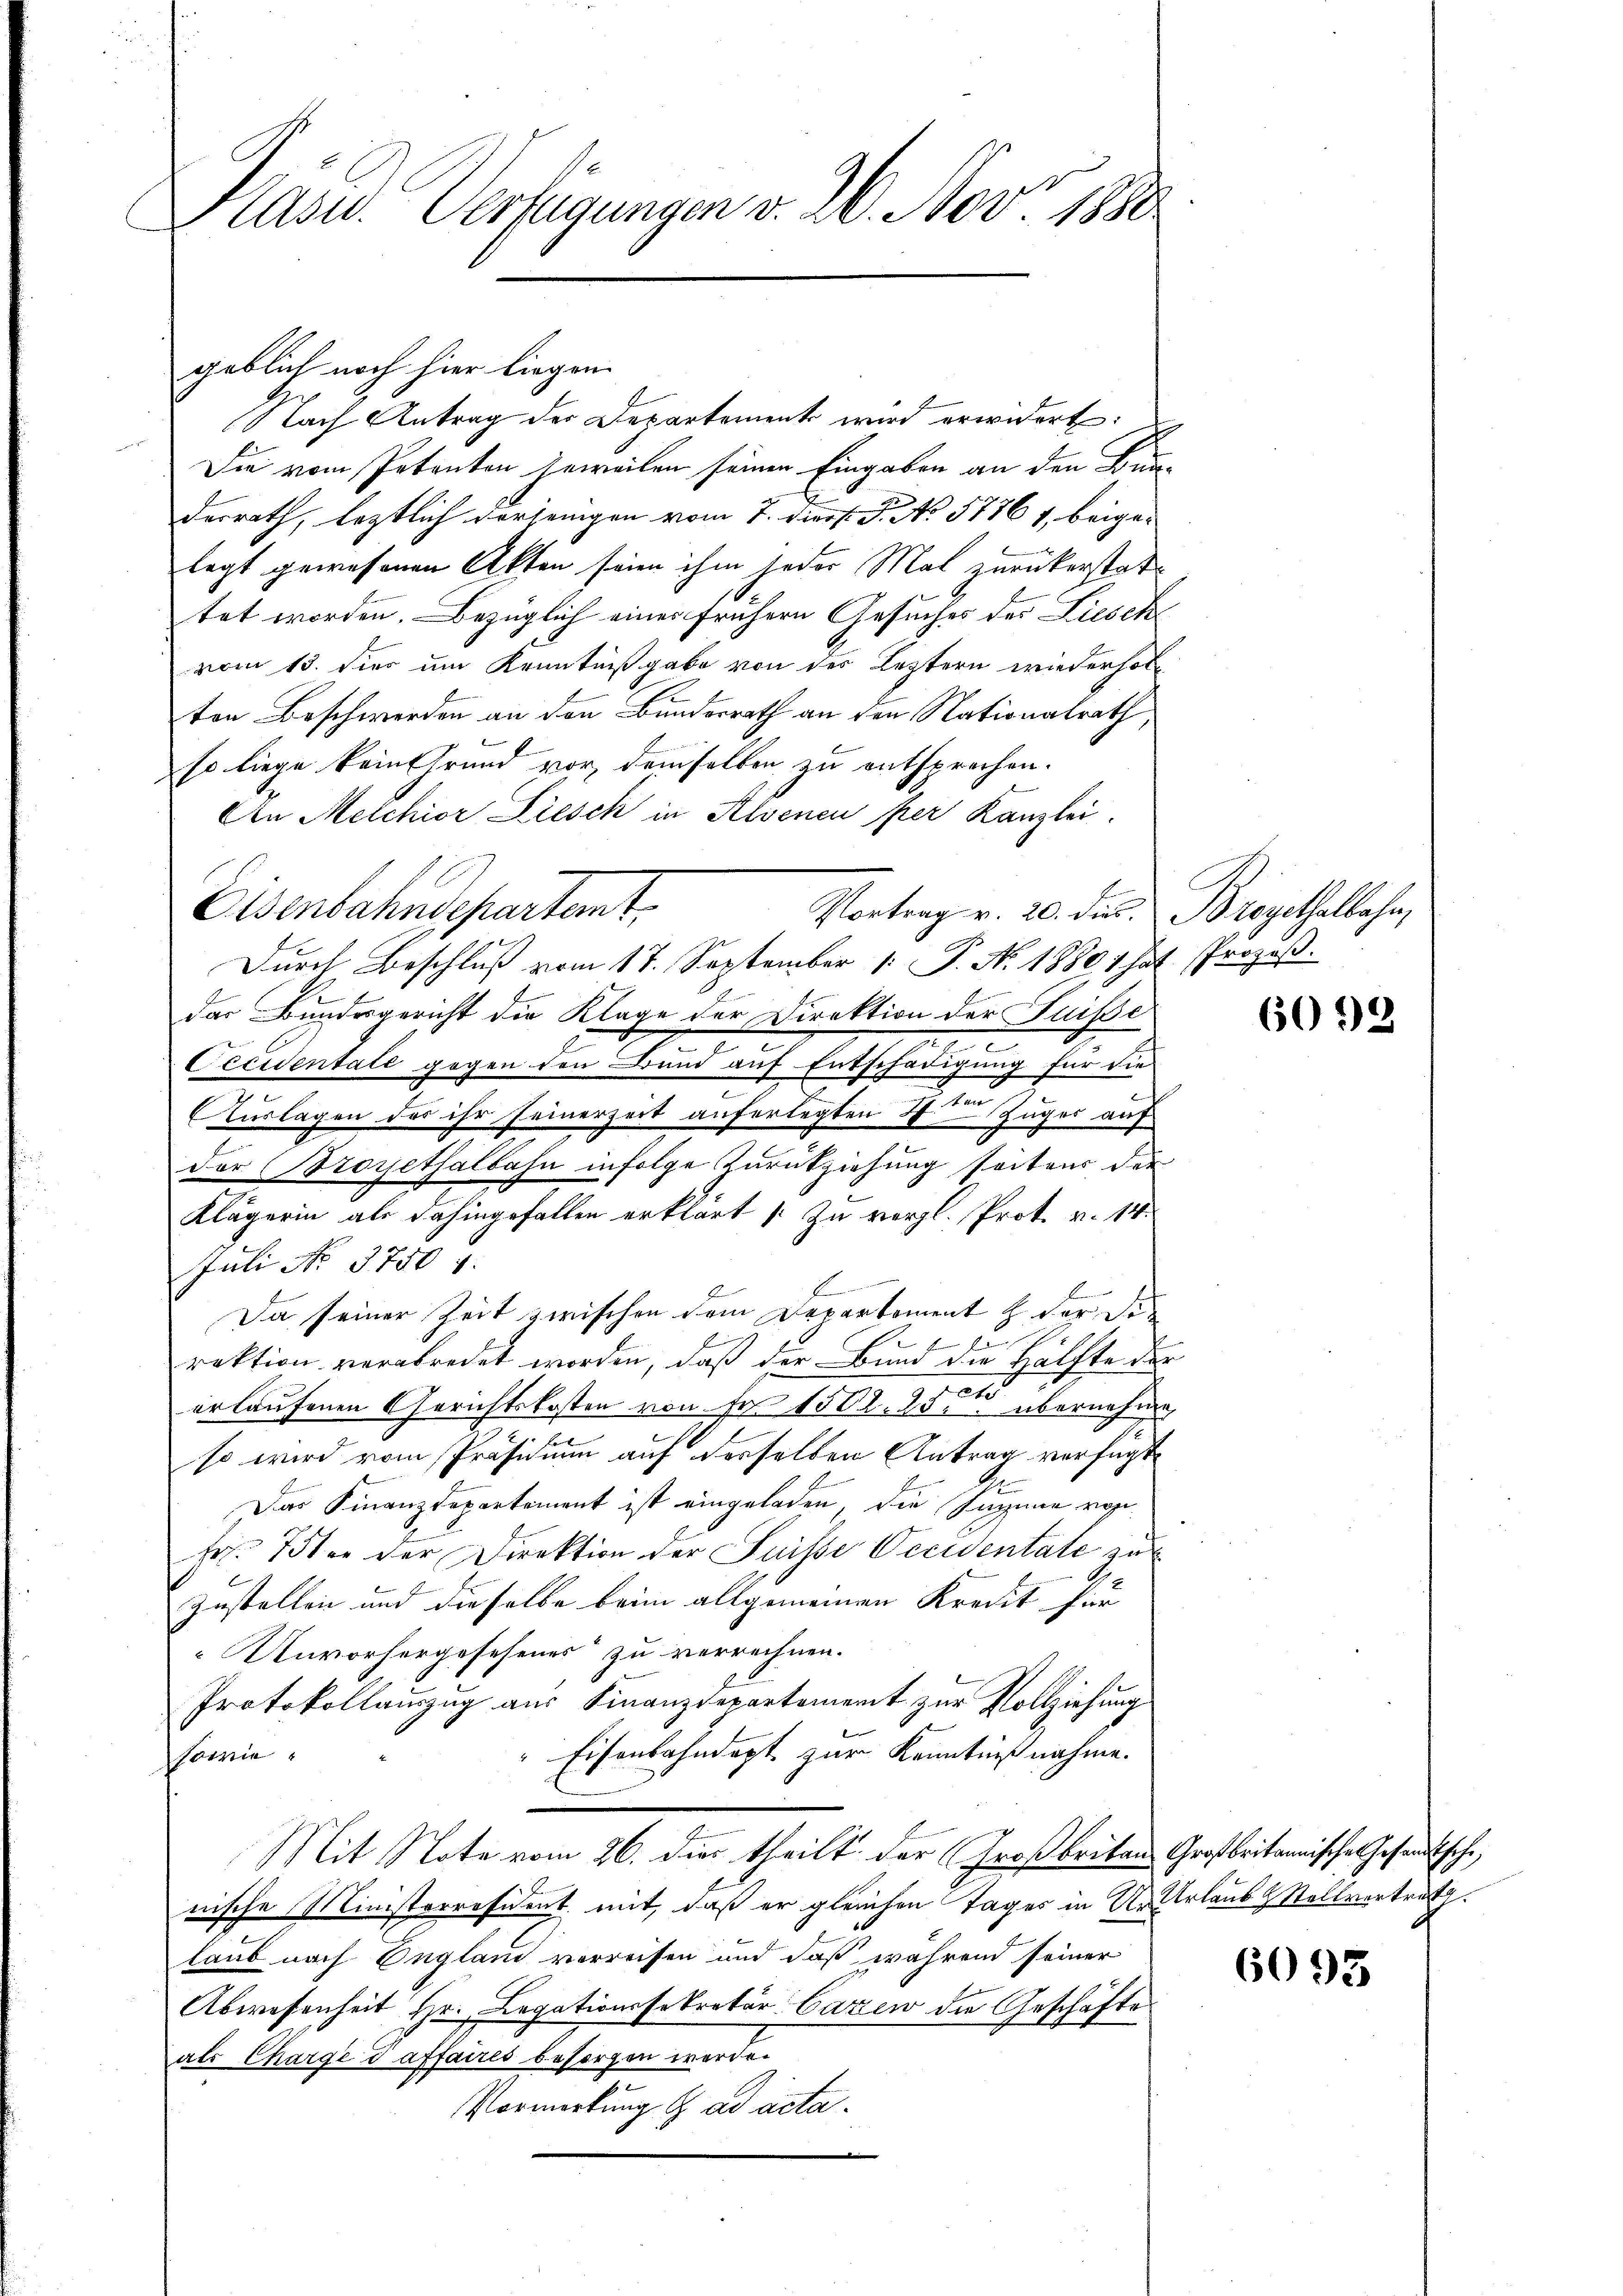
Pläser Verfügungen v. 26. Nov. 1890

geblich noch hier liegen.
Nach Antrag der Departement wird erwidert:
Die vom Petenten jeweilen seinen Eingaben an den Bunderrath, leztlich derjenigen vom 7. Prof. P. No. 57761, beige-
legt gewesenen Akten seien ihm jeder Mal zurückerstatttet worden. Bezüglich eines frühern Gesuches der Liesche
vom 15. hier um Kenntnißgabe von des Leztern wiederholton Beschwerden an den Bundesrath an den Nationalrath,
so liege kein Grund vor, demselben zu entsprochen.
An Melchior Liesch in Alvenen per Kanzlei,
das Bundesgericht die Klage der Direktion der Suisse
5
Occidentale gegen den Band auf Entschädigung für die
.
Auslagen des ihr Feinerzeit auferlegten J. den Zuger auf
der royethalbahn infolge Zurückziehung seitens der
Klägerin als dahingefallen erklärt (: Zu vergl. Prot. v. 14.
Juli No 3750 f.
Da seiner Zeit zwischen dem Departement der Di¬
u
f
rektion verabredet worden, daß der Bund die Hälfte der
on
erlaufenen Gerichtskosten von Fr. 1500. 23. übernehme
so wird vom Präsidium auf desselben Antrag verfügt
Das Finanzdepartement ist eingeladen, die Summe vor¬
Fr. 15ten der Direktion der Suisse Occidentate zu
Zustellen und dieselbe beim allgemeinen Kredit für
Unvorhergesehenes“ zu verrechnen.
Protokollauszug aus Finanzdepartement zur Vollziehung
Eisenbahndept zur Kenntnißnahme.
sowie
Mit Note vom 26. dies theilt der Großbritans Großbritannische Gesandtsche,
nische Ministerresident mit, daß er gleichen Tages in Ur Urlaub & Stellvertrat.
laub nach England verreisen und daß während seiner
Abwesenheit Hr. Legationssekretär-Cazen die Geschäftes
als Chargé d affaires besorgen werde.
Vormerkung & ad acta.

Eisenbahndepartemt.
Vortrag v. 20. dies
Durch Beschluß vom 17. September 1. P. N. 1880 1 hat Prozeß¬

Bregethalbahn,

6092

6093